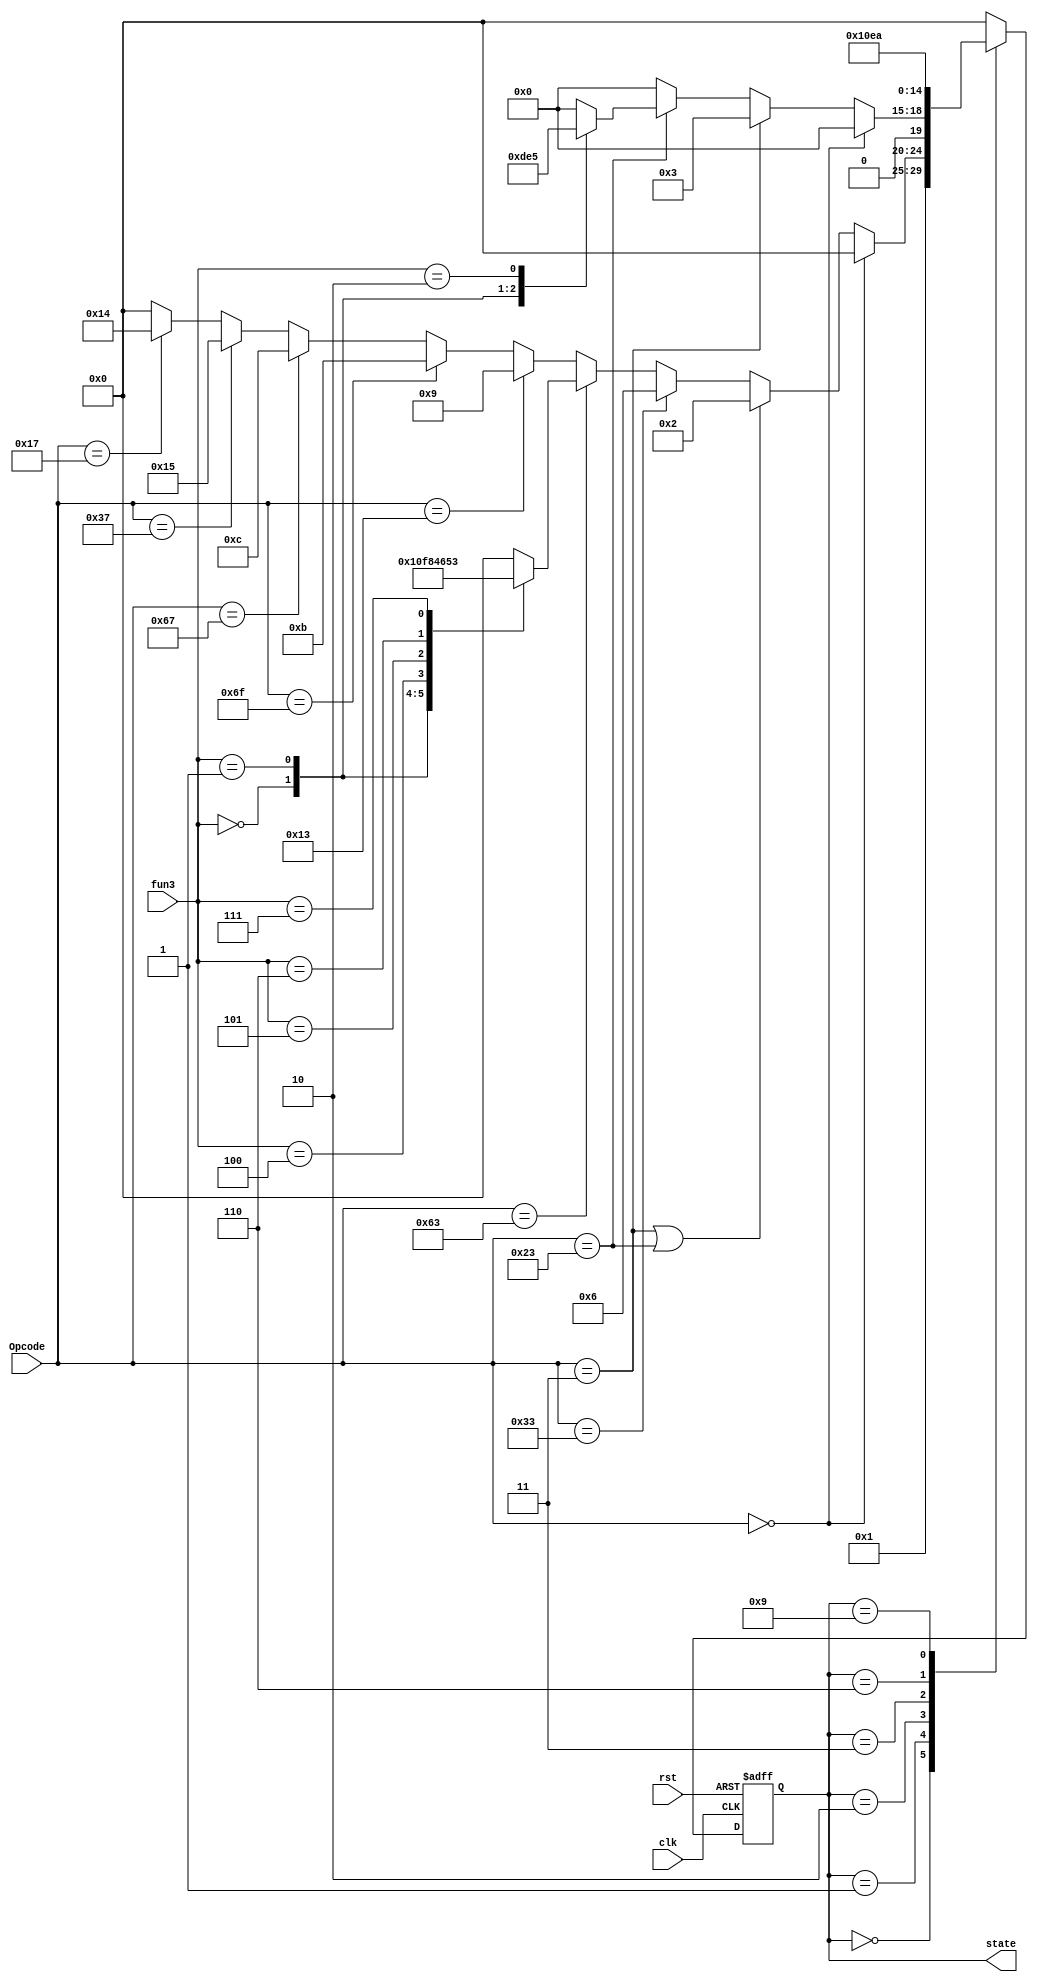
module FSM(
input clk,rst,
input [2:0] fun3,
input [6:0] Opcode,
output reg [4:0] state);

// create a dictionary here for readability
	parameter NoOp  = 7'b0000000;
	parameter LOAD  = 7'b0000011;
	parameter STORE = 7'b0100011;
	parameter R     = 7'b0110011;
	parameter BRANCH = 7'b1100011;
	parameter IMM   = 7'b0010011;
	parameter JALR  = 7'b1100111;
	parameter JAL   = 7'b1101111;
	parameter LUI   = 7'b0110111;
	parameter AUIPC = 7'b0010111; 
	
	
	always @(posedge clk or negedge rst)
		begin
		if (!rst)
			begin
			state <= 5'd0;
			end
		else
			begin
			case (state)
				5'd0:	state <= 5'd1;
					
				5'd1:
					// most of the work is done here
					if (Opcode == NoOp)
						state <= 5'd0;
					else if (Opcode == LOAD | Opcode == STORE)
						state <= 5'd2;
					else if (Opcode == R)
						state <= 5'd6;
					else if (Opcode == BRANCH)
						begin
						case(fun3)
						3'b000: state <= 5'd8;  //beq
						3'b001: state <= 5'd15;	//bne
						3'b100: state <= 5'd16;	//blt
						3'b101: state <= 5'd17;	//bge
						3'b110: state <= 5'd18;	//bltu
						3'b111: state <= 5'd19;	//bgeu
						default : state <= 5'd0;
					   endcase
						end
					else if (Opcode == IMM)
						state <= 5'd9;
					else if (Opcode == JAL)
						state <= 5'd11;
					else if (Opcode == JALR)
						state <= 5'd12;
					else if (Opcode == LUI)
						state <= 5'd21;
					else if (Opcode == AUIPC)
						state <= 5'd20;
					// if we have a bad opcode go back to state 1 (NoOp)
					else
						state <= 5'd0;
				
				5'd2:
					if (Opcode == NoOp)
						state <= 5'd0;
					else if (Opcode == LOAD)
						state <= 5'd3;
					else if (Opcode == STORE)
						begin
						case(fun3)
						3'b000: state <= 5'd13; //sb
						3'b001: state <= 5'd14; //sw
						3'b010: state <= 5'd5;
						default : state <= 5'd0;
					   endcase
						end

					// if we have a bad opcode go back to state 1 (NoOp)
					else
						state <= 5'd0;
				
				5'd3: state <= 5'd4;
						
				5'd6:	state <= 5'd7;
				
				5'd9:	state <= 5'd10;  
					
				default:
					state <= 5'd0;
			endcase
			end
		end
		
endmodule